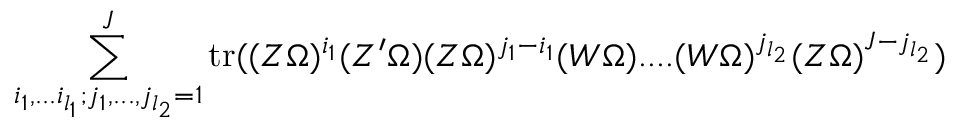
\sum _ { i _ { 1 } , . . . i _ { l _ { 1 } } ; j _ { 1 } , . . . , j _ { l _ { 2 } } = 1 } ^ { J } \mathrm { t r } ( ( Z \Omega ) ^ { i _ { 1 } } ( Z ^ { \prime } \Omega ) ( Z \Omega ) ^ { j _ { 1 } - i _ { 1 } } ( W \Omega ) . . . . ( W \Omega ) ^ { j _ { l _ { 2 } } } ( Z \Omega ) ^ { J - j _ { l _ { 2 } } } )